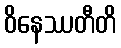
ဝိနေဿတီတိ